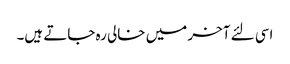
اسی لئے آخر میں خالی رہ جاتے ہیں۔